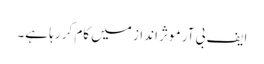
ایف بی آر موثر انداز میں کام کر رہا ہے۔